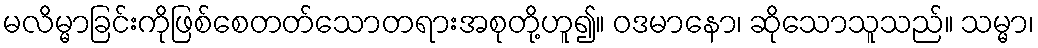
မလိမ္မာခြင်းကိုဖြစ်စေတတ်သောတရားအစုတို့ဟူ၍။ ဝဒမာနော၊ ဆိုသောသူသည်။ သမ္မာ၊